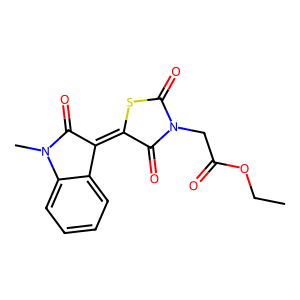
SMILES: CCOC(=O)CN1C(=O)SC(=C2C(=O)N(C)c3ccccc32)C1=O
Inhibits HIV replication: No